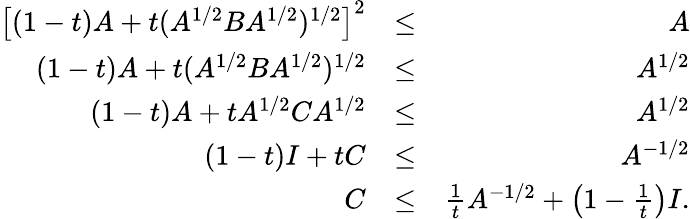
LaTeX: \begin{array}{rlr}{\left[(1-t)A+t(A^{1/2}BA^{1/2})^{1/2}\right]^{2}}&{\leq}&{A}\\ {(1-t)A+t(A^{1/2}BA^{1/2})^{1/2}}&{\leq}&{A^{1/2}}\\ {(1-t)A+tA^{1/2}CA^{1/2}}&{\leq}&{A^{1/2}}\\ {(1-t)I+tC}&{\leq}&{A^{-1/2}}\\ {C}&{\leq}&{\frac{1}{t}A^{-1/2}+\left(1-\frac{1}{t}\right)I.}\end{array}